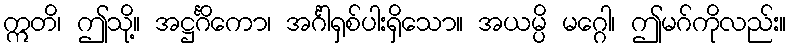
ဣတိ၊ ဤသို့။ အဋ္ဌင်္ဂိကော၊ အင်္ဂါရှစ်ပါးရှိသော။ အယမ္ပိ မဂ္ဂေါ၊ ဤမဂ်ကိုလည်း။